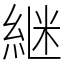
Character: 継